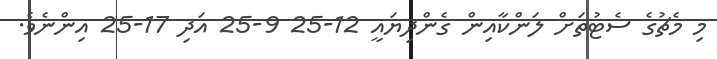
މި މެޗުގެ ސެޓުތަށް ލަންކާއިން ގެންދިޔައީ 12-25 9-25 އަދި 17-25 އިންނެވެ.